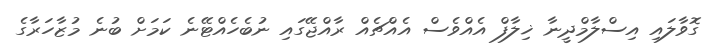
ގޮވާލައި އިސްލާމްދީނާ ޚިލާފް އެއްވެސް އެއްޗެއް ރާއްޖޭގައި ނުބެހެއްޓޭނެ ކަމަށް ބުނެ މުޒާހަރާގެ